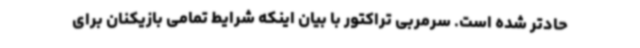
حادتر شده است. سرمربی تراکتور با بیان اینکه شرایط تمامی بازیکنان برای